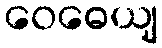
ဝေဓေယျ